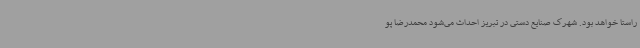
راستا خواهد بود. شهرک صنایع دستی در تبریز احداث می‌شود محمدرضا پو